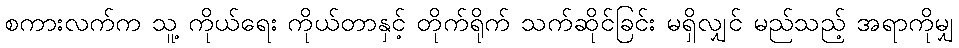
စကားလက်က သူ့ ကိုယ်ရေး ကိုယ်တာနှင့် တိုက်ရိုက် သက်ဆိုင်ခြင်း မရှိလျှင် မည်သည့် အရာကိုမျှ